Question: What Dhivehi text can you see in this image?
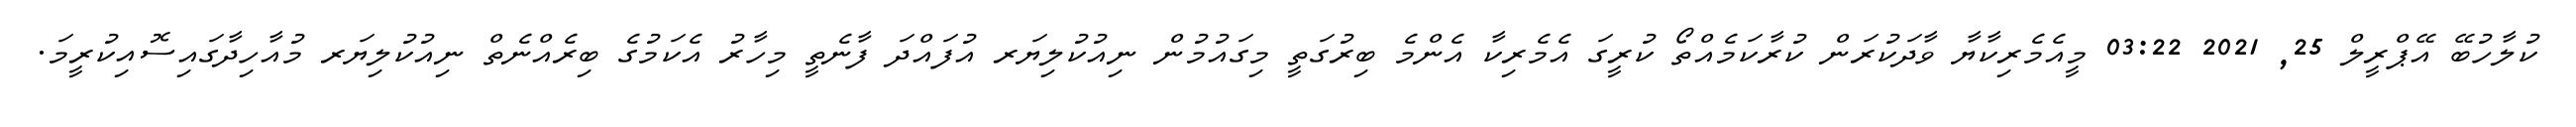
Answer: ކުލާހުބޭ އޭޕްރީލް 25, 2021 03:22 މީއެމެރިކާޔާ ވާދަކުރަން ކުރާކަމެއްތޯ ކުރީގަ އެމެރިކާ އެންމެ ބިރުގަތީ މިގައުމުން ނިއުކުލިޔަރ އުފައްދަ ފާނެތީ މިހާރު އެކަމުގެ ބިރެއްނެތް ނިއުކުލިޔަރ މުއާހިދާގައިސޮއިކުރީމަ.